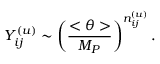
Y _ { i j } ^ { ( u ) } \sim \left( \frac { < \theta > } { M _ { P } } \right) ^ { n _ { i j } ^ { ( u ) } } .